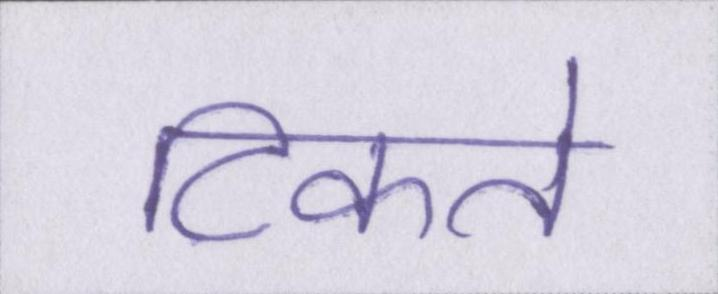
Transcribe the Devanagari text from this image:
टिकते